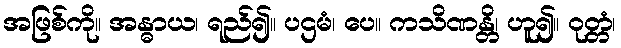
အဖြစ်ကို။ အန္ဓာယ၊ ရည်၍။ ပဌမံ၊ ပေ။ ကသိဏန္တိ၊ ဟူ၍။ ဝုတ္တံ၊